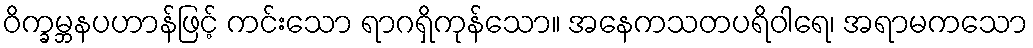
ဝိက္ခမ္ဘနပဟာန်ဖြင့် ကင်းသော ရာဂရှိကုန်သော။ အနေကသတပရိဝါရေ၊ အရာမကသော